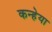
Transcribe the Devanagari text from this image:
कन्हेया